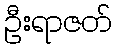
ဦးရာဇတ်